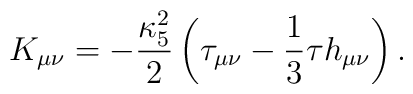
K_{\mu\nu}=-\frac{\kappa_5^2}{2}\left(\tau_{\mu\nu}-\frac{1}{3}\tau h_{\mu\nu}\right).